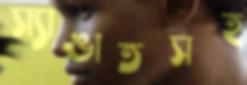
স্যাঙাতসহ